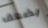
بضعف